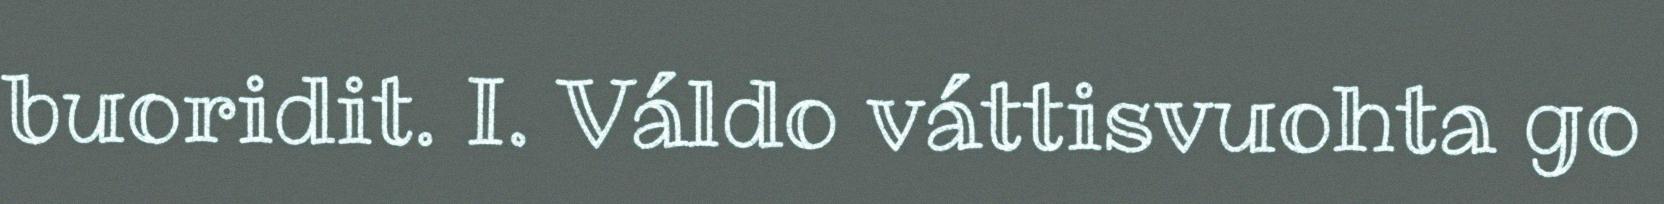
buoridit. I. Váldo váttisvuohta go